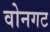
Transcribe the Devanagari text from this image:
वोनगट